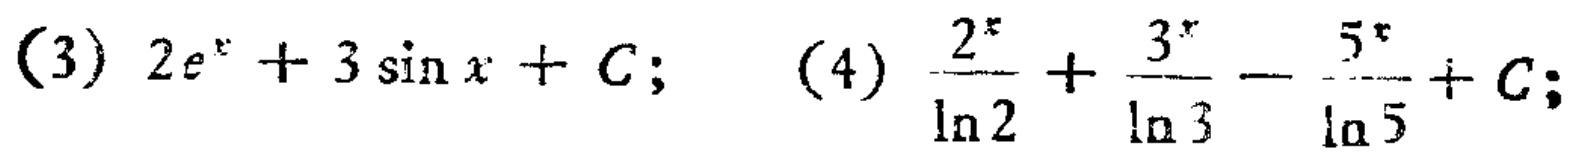
(3) \(2e^{x}+3\sin x + C;\) (4) \(\frac{2^{x}}{\ln 2}+\frac{3^{x}}{\ln 3}-\frac{5^{x}}{\ln 5}+C;\)